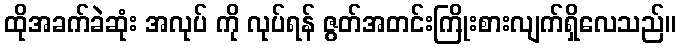
ထိုအခက်ခဲဆုံး အလုပ် ကို လုပ်ရန် ဇွတ်အတင်းကြိုးစားလျက်ရှိလေသည်။